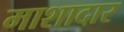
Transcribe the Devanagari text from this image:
माशादार